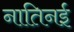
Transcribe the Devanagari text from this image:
नातिनई